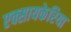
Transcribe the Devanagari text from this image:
एक्सायकेरिया